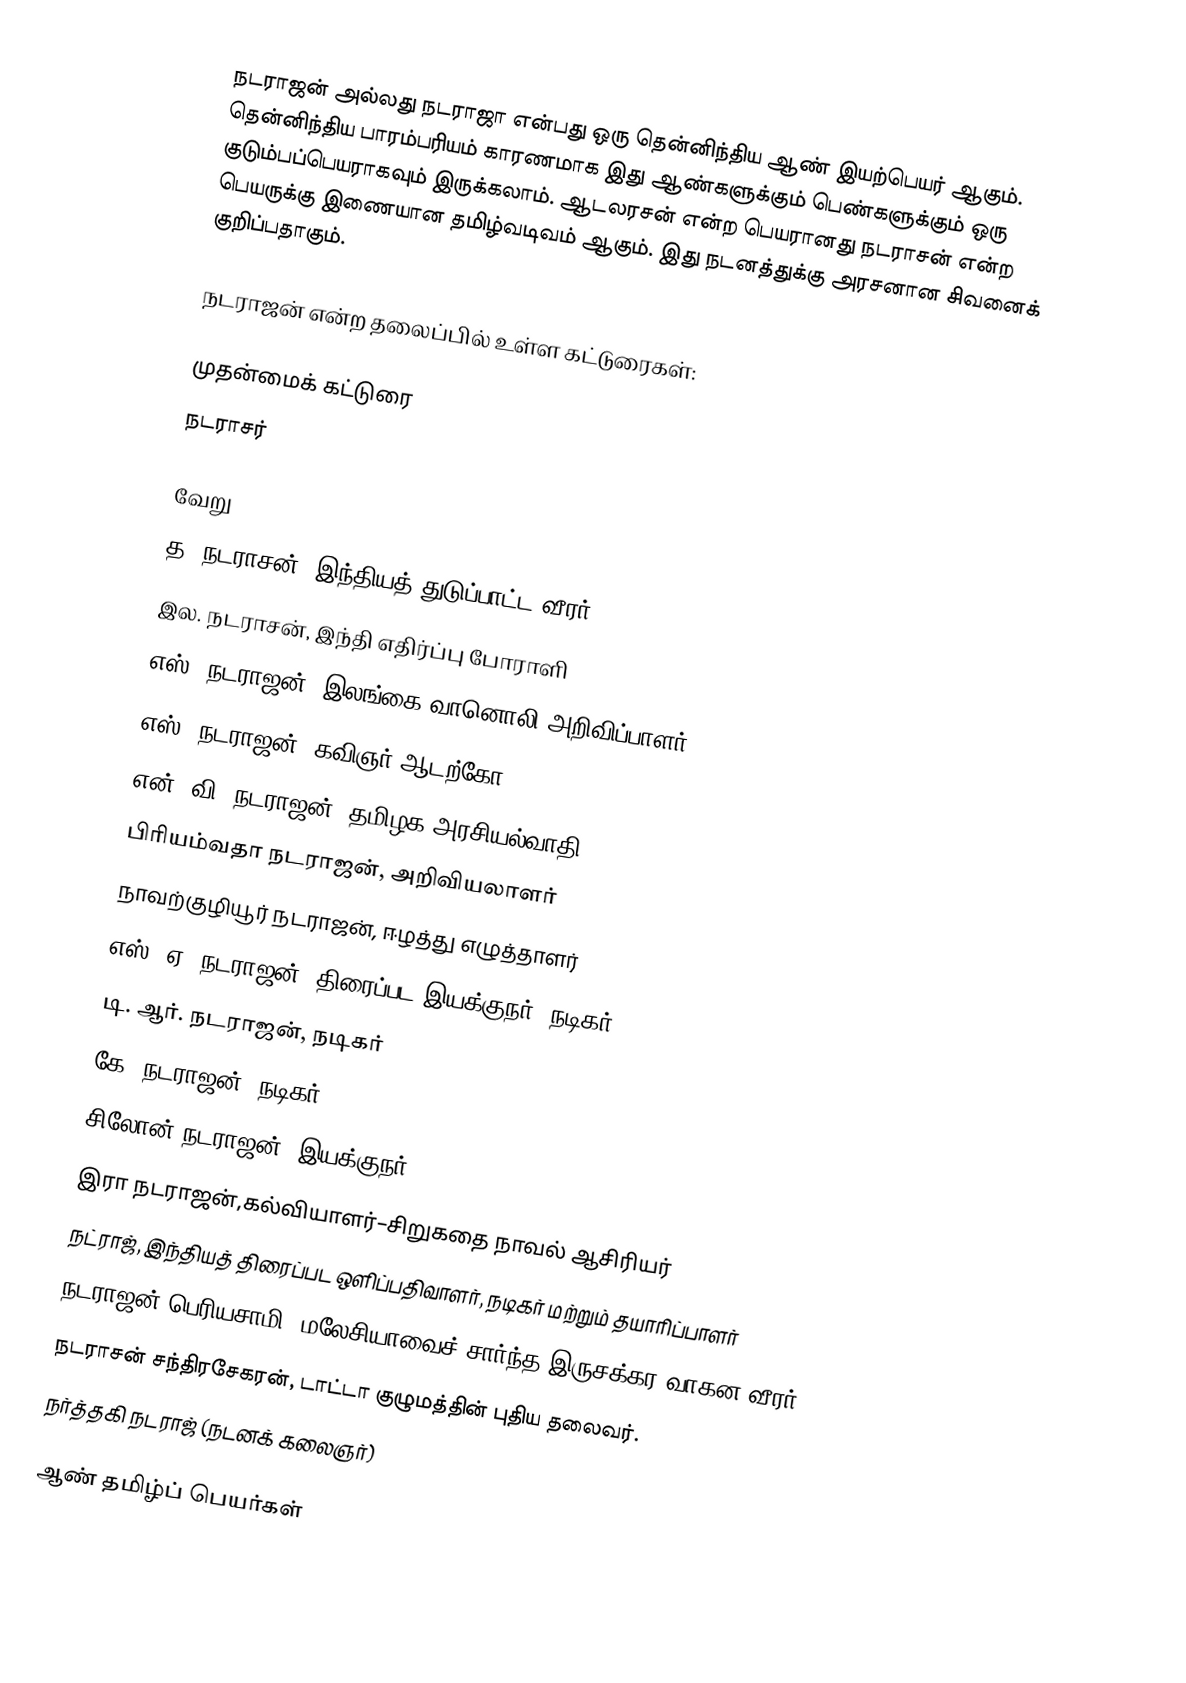
நடராஜன் அல்லது நடராஜா  என்பது ஒரு தென்னிந்திய ஆண் இயற்பெயர் ஆகும்.  தென்னிந்திய பாரம்பரியம் காரணமாக இது ஆண்களுக்கும் பெண்களுக்கும் ஒரு குடும்பப்பெயராகவும் இருக்கலாம். ஆடலரசன் என்ற பெயரானது நடராசன் என்ற பெயருக்கு இணையான தமிழ்வடிவம் ஆகும். இது நடனத்துக்கு அரசனான சிவனைக் குறிப்பதாகும்.

நடராஜன் என்ற தலைப்பில் உள்ள கட்டுரைகள்:

முதன்மைக் கட்டுரை
 நடராசர்

வேறு
 த. நடராசன், இந்தியத் துடுப்பாட்ட வீரர்
இல. நடராசன், இந்தி எதிர்ப்பு போராளி
எஸ். நடராஜன், இலங்கை வானொலி அறிவிப்பாளர்
எஸ். நடராஜன், கவிஞர் ஆடற்கோ
என். வி. நடராஜன், தமிழக அரசியல்வாதி
பிரியம்வதா நடராஜன், அறிவியலாளர்
நாவற்குழியூர் நடராஜன்,  ஈழத்து எழுத்தாளர்
எஸ். ஏ. நடராஜன், திரைப்பட இயக்குநர், நடிகர்
டி. ஆர். நடராஜன், நடிகர்
கே. நடராஜன், நடிகர்
சிலோன் நடராஜன், இயக்குநர்
இரா நடராஜன்,கல்வியாளர்–சிறுகதை நாவல் ஆசிரியர்
நட்ராஜ், இந்தியத் திரைப்பட ஒளிப்பதிவாளர், நடிகர் மற்றும் தயாரிப்பாளர்
நடராஜன் பெரியசாமி, மலேசியாவைச் சார்ந்த இருசக்கர வாகன வீரர்
நடராசன் சந்திரசேகரன், டாட்டா குழுமத்தின் புதிய தலைவர்.
நர்த்தகி நடராஜ் (நடனக் கலைஞர்)

ஆண் தமிழ்ப் பெயர்கள்